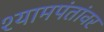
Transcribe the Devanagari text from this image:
श्यामपंतांवर